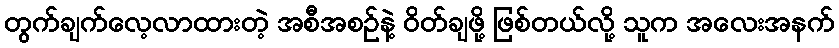
တွက်ချက်လေ့လာထားတဲ့ အစီအစဉ်နဲ့ ဝိတ်ချဖို့ ဖြစ်တယ်လို့ သူက အလေးအနက်